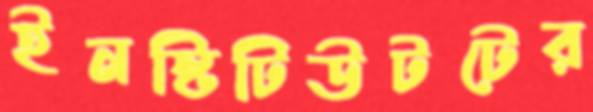
ইনস্টিটিউটটের